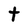
Character: t